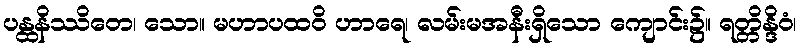
ပန္ထနိဿိတေ၊ သော။ မဟာပထဝိ ဟာရေ၊ လမ်းမအနီးရှိသော ကျောင်း၌။ ရတ္တိန္ဒိဝံ၊